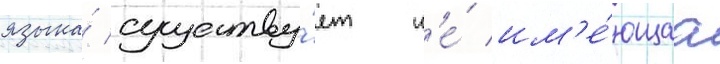
языка́ существу́ет н'е́ им'е́ющаа